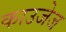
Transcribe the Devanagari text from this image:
काउजेज